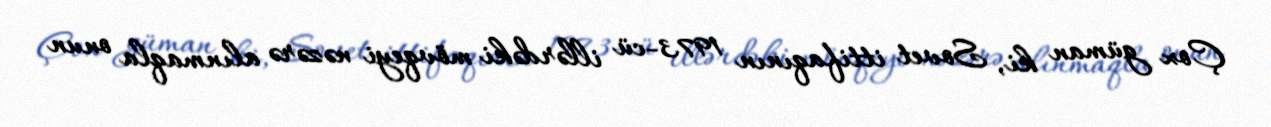
Çox güman ki, Sovet ittifaqının 1973-cü illərdəki mövqeyi nəzərə alınmaqla onun